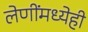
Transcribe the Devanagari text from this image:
लेणींमध्येही